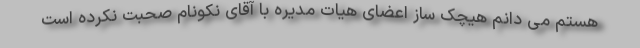
هستم می دانم هیچک ساز اعضای هیات مدیره با آقای نکونام صحبت نکرده است